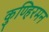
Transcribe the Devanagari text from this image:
कुण्हिरमन